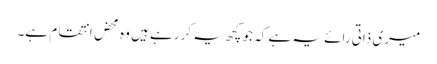
میری ذاتی رائے یہ ہے کہ جو کچھ یہ کر رہے ہیں وہ محض انتقام ہے۔